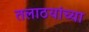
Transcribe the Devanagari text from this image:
तलाठयांच्या